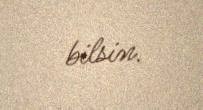
bilsin.